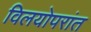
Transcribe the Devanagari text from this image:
विलयोपरांत